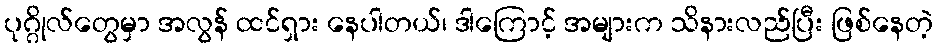
ပုဂ္ဂိုလ်တွေမှာ အလွန် ထင်ရှား နေပါတယ်၊ ဒါကြောင့် အများက သိနားလည်ပြီး ဖြစ်နေတဲ့